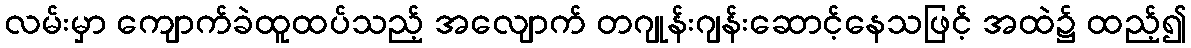
လမ်းမှာ ကျောက်ခဲထူထပ်သည့် အလျောက် တဂျုန်းဂျန်းဆောင့်နေသဖြင့် အထဲ၌ ထည့်၍